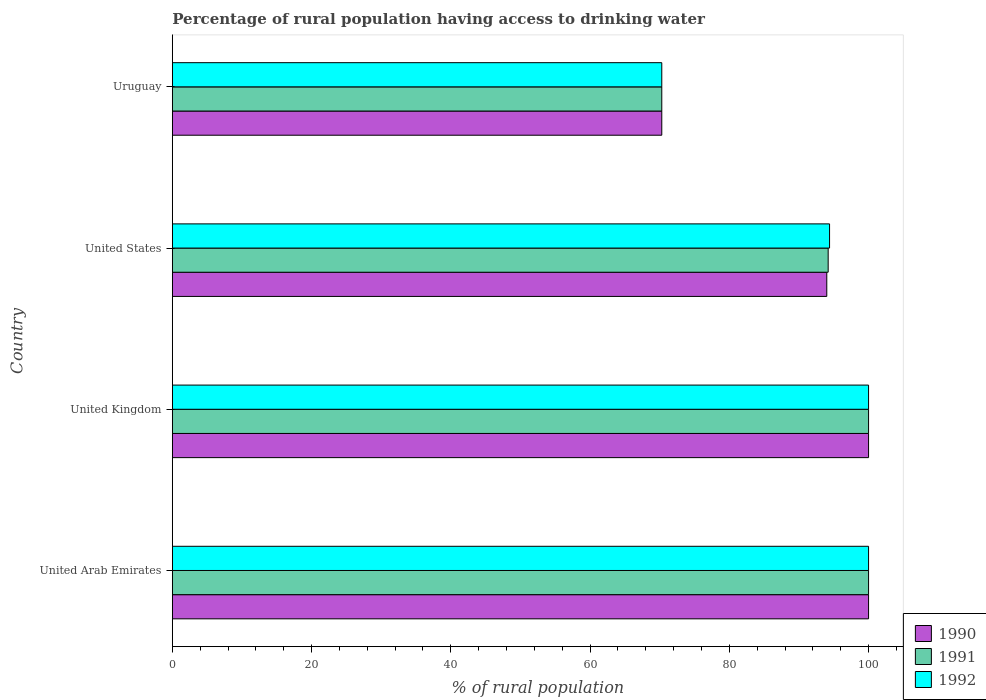
| Country | 1990 | 1991 | 1992 |
 | --- | --- | --- | --- |
 | United Arab Emirates | 100 | 100 | 100 |
 | United Kingdom | 100 | 100 | 100 |
 | United States | 94 | 94.2 | 94.4 |
 | Uruguay | 70.3 | 70.3 | 70.3 |